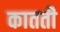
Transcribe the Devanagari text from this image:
कातती